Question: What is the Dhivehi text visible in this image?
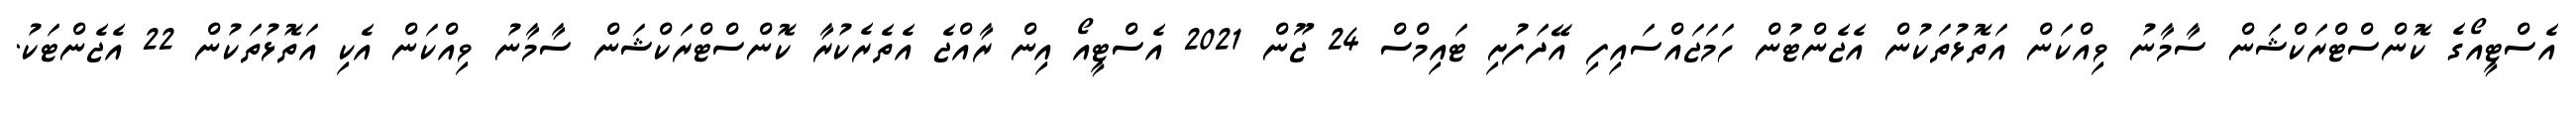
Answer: އެސްޓީއޯގެ ކޮންސްޓްރަކްޝަން ސާމާނު ވިއްކަން އަތޮޅުތަކުން އެޖެންޓުން ހަމަޖައްސައިފި އޭދަފުށި ޓައިމްސް 24 ޖޫން 2021 އެސްޓީއޯ އިން ރާއްޖެ އެތެރެކުރާ ކޮންސްޓްރަކްޝަން ސާމާނު ވިއްކަން އެކި އަތޮޅުތަކުން 22 އެޖެންޓަކު.